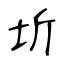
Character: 圻